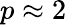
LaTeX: p\approx 2